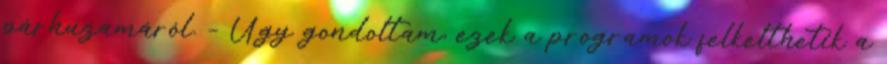
párhuzamáról. – Úgy gondoltam, ezek a programok felkelthetik a